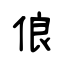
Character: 俍